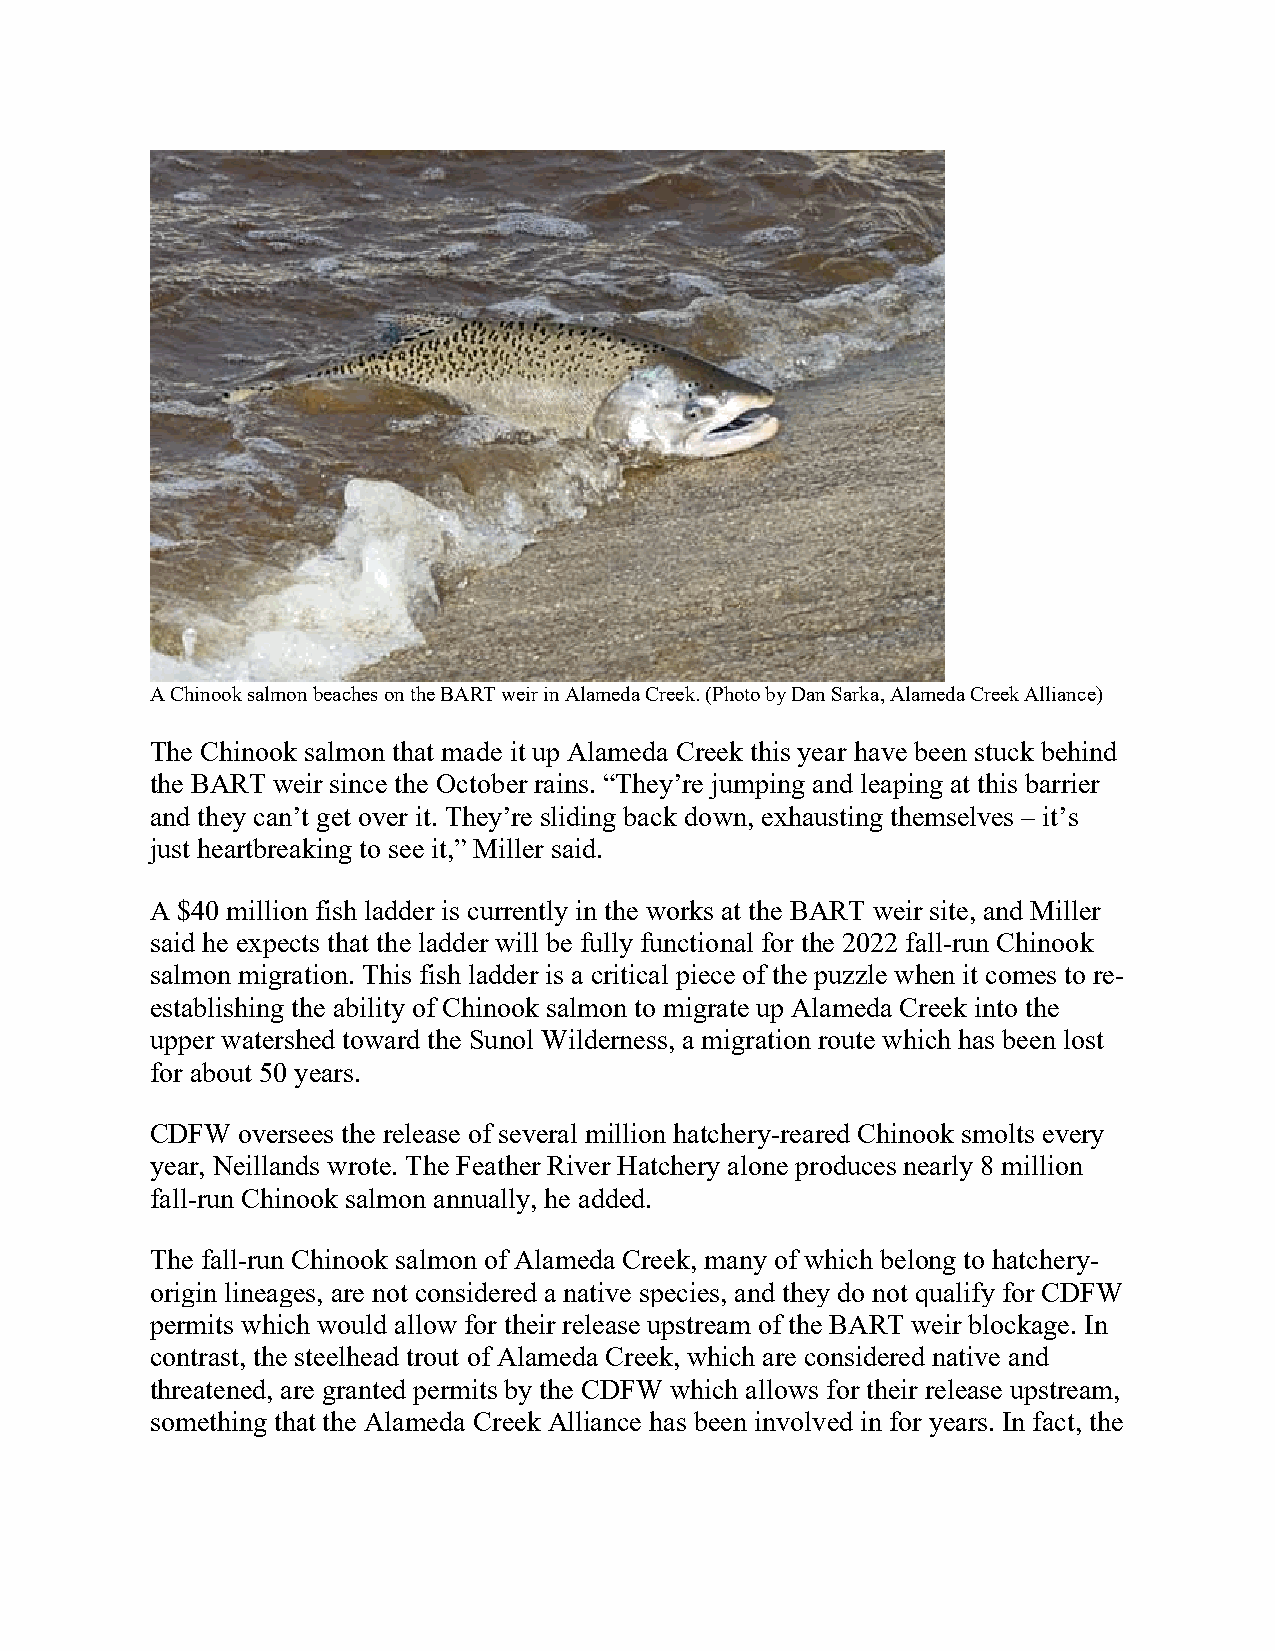
A Chinook salmon beaches on the BART weir in Alameda Creek. (Photo by Dan Sarka, Alameda Creek Alliance)
 The Chinook salmon that made it up Alameda Creek this year have been stuck behind
 the BART weir since the October rains. “They’re jumping and leaping at this barrier
 and they can’t get over it. They’re sliding back down, exhausting themselves – it’s
 just heartbreaking to see it,” Miller said.
 A $40 million fish ladder is currently in the works at the BART weir site, and Miller
 said he expects that the ladder will be fully functional for the 2022 fall-run Chinook
 salmon migration. This fish ladder is a critical piece of the puzzle when it comes to re-
 establishing the ability of Chinook salmon to migrate up Alameda Creek into the
 upper watershed toward the Sunol Wilderness, a migration route which has been lost
 for about 50 years.
 CDFW  oversees the release of several million hatchery-reared Chinook smolts every
 year, Neillands wrote. The Feather River Hatchery alone produces nearly 8 million
 fall-run Chinook salmon annually, he added.
 The fall-run Chinook salmon of Alameda Creek, many of which belong to hatchery-
 origin lineages, are not considered a native species, and they do not qualify for CDFW
 permits which would allow for their release upstream of the BART weir blockage. In
 contrast, the steelhead trout of Alameda Creek, which are considered native and
 threatened, are granted permits by the CDFW which allows for their release upstream,
 something that the Alameda Creek Alliance has been involved in for years. In fact, the